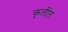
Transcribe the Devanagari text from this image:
कृतींत